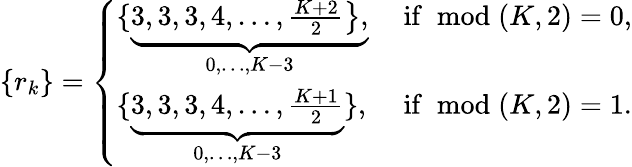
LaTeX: \left\{ r_{k}\right\} =\left\{ \begin{array}{ll}{\{ \underbrace{\left.3,3,3,4,\ldots,\frac{K+2}{2}\right\} ,}_{0,\ldots,K-3}}&{\mathrm{~if~}\bmod(K,2)=0,}\\ {\{ \underbrace{3,3,3,4,\ldots,\frac{K+1}{2}}_{0,\ldots,K-3}\} ,}&{\mathrm{~if~}\bmod(K,2)=1.}\end{array}\right.